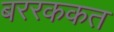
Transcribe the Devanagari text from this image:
बररककत